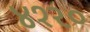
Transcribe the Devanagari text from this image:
४१२०